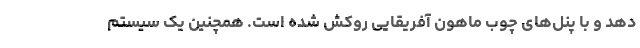
دهد و با پنل‌های چوب ماهون آفریقایی روکش شده است. همچنین یک سیستم